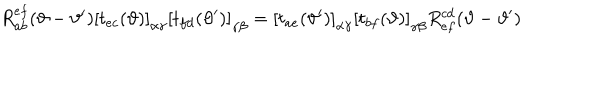
R _ { a b } ^ { e f } ( \vartheta - \vartheta ^ { \prime } ) \left[ t _ { e c } ( \vartheta ) \right] _ { \alpha \gamma } \left[ t _ { f d } ( \vartheta ^ { \prime } ) \right] _ { \gamma \beta } = \left[ t _ { a e } ( \vartheta ^ { \prime } ) \right] _ { \alpha \gamma } \left[ t _ { b f } ( \vartheta ) \right] _ { \gamma \beta } R _ { e f } ^ { c d } ( \vartheta - \vartheta ^ { \prime } )